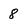
Character: 8